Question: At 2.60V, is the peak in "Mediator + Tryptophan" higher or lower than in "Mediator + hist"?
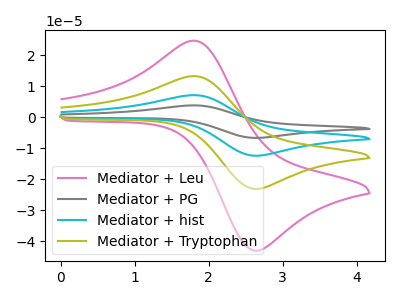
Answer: <think>The pink curve "Mediator + Leu" has an anodic peak at (1.80V, 24.70uA) and a cathodic peak at (2.60V, -42.95uA). The gray curve "Mediator + PG" has an anodic peak at (1.80V, 39.80uA) and a cathodic peak at (2.60V, -69.20uA). The cyan curve "Mediator + hist" has an anodic peak at (1.80V, 26.55uA) and a cathodic peak at (2.60V, -46.15uA). The olive curve "Mediator + Tryptophan" has an anodic peak at (1.80V, 13.25uA) and a cathodic peak at (2.60V, -23.05uA).</think>
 <answer>The peak at 2.60V is lower in "Mediator + Tryptophan" than in "Mediator + hist".</answer>
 <eval>lower</eval>